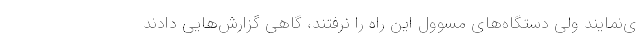
ی‌نمایند ولی دستگاه‌های مسوول این راه را نرفتند، گاهی گزارش‌هایی دادند